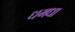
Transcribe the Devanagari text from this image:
धमधा